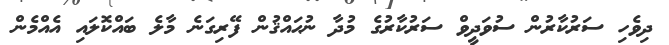
ދިވެހި ސަރުކާރުން ސުވަދީވް ސަރުކާރުގެ މުދާ ނުޙައްޤުން ފޭރިގަނެ މާލެ ބައްކޮލައި އެއްމެން